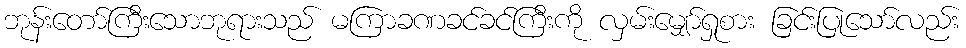
ဘုန်းတော်ကြီးသောဘုရားသည် မကြာခဏခင်ခင်ကြီးကို လှမ်းမျှော်ရှုစား ခြင်းပြုသော်လည်း